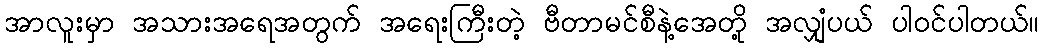
အာလူးမှာ အသားအရေအတွက် အရေးကြီးတဲ့ ဗီတာမင်စီနဲ့အေတို့ အလျှံပယ် ပါဝင်ပါတယ်။